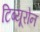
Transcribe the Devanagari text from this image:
टिब्यूरोन